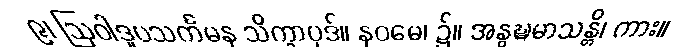
၉၊ ဩဝါဒူပသင်္ကမန သိက္ခာပုဒ်။ နဝမေ၊ ၌။ အနွဍ္ဎမာသန္တိ၊ ကား။